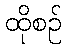
ထိုစဉ်